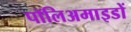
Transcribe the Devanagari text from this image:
पॉलिअमाइडों